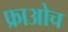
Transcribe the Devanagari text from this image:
फ्राओच